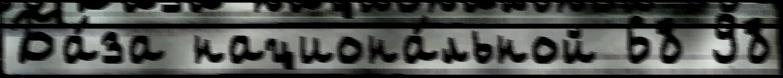
Ба́за национа́льной 68 98